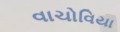
વાચોવિયા